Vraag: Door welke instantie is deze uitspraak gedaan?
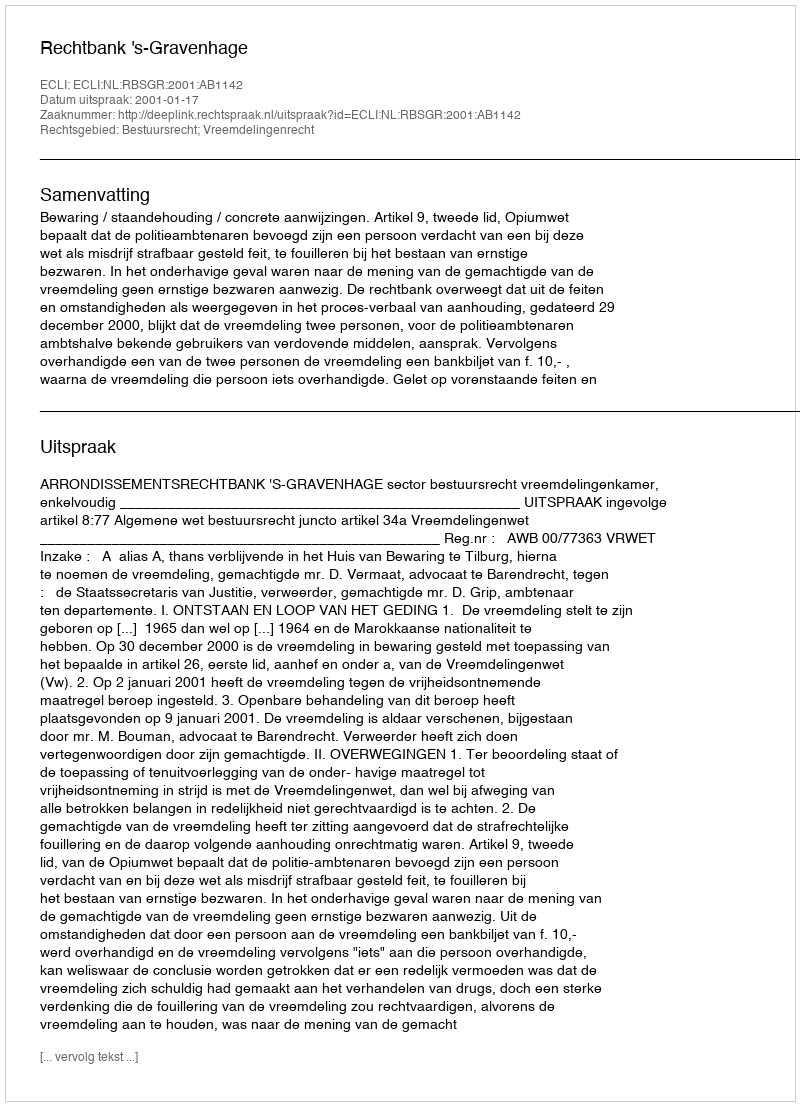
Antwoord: Rechtbank 's-Gravenhage